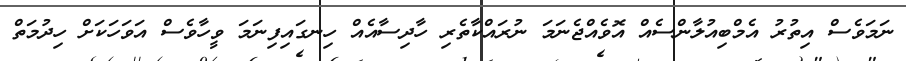
ނަމަވެސް އިތުރު އެމްބިއުލާންސެއް އޮވެއްޖެނަމަ ނުރައްކާތެރި ހާދިސާއެއް ހިނގައިފިނަމަ ވީހާވެސް އަވަހަކަށް ހިދުމަތް